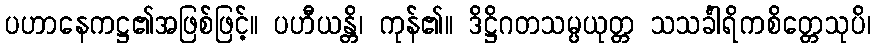
ပဟာနေကဋ္ဌ၏အဖြစ်ဖြင့်။ ပဟီယန္တိ၊ ကုန်၏။ ဒိဋ္ဌိဂတသမ္ပယုတ္တ သသင်္ခါရိကစိတ္တေသုပိ၊